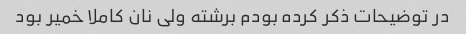
در توضیحات ذکر کرده بودم برشته ولی نان کاملا خمیر بود